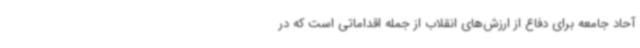
آحاد جامعه برای دفاع از ارزش‌های انقلاب از جمله اقداماتی است که در